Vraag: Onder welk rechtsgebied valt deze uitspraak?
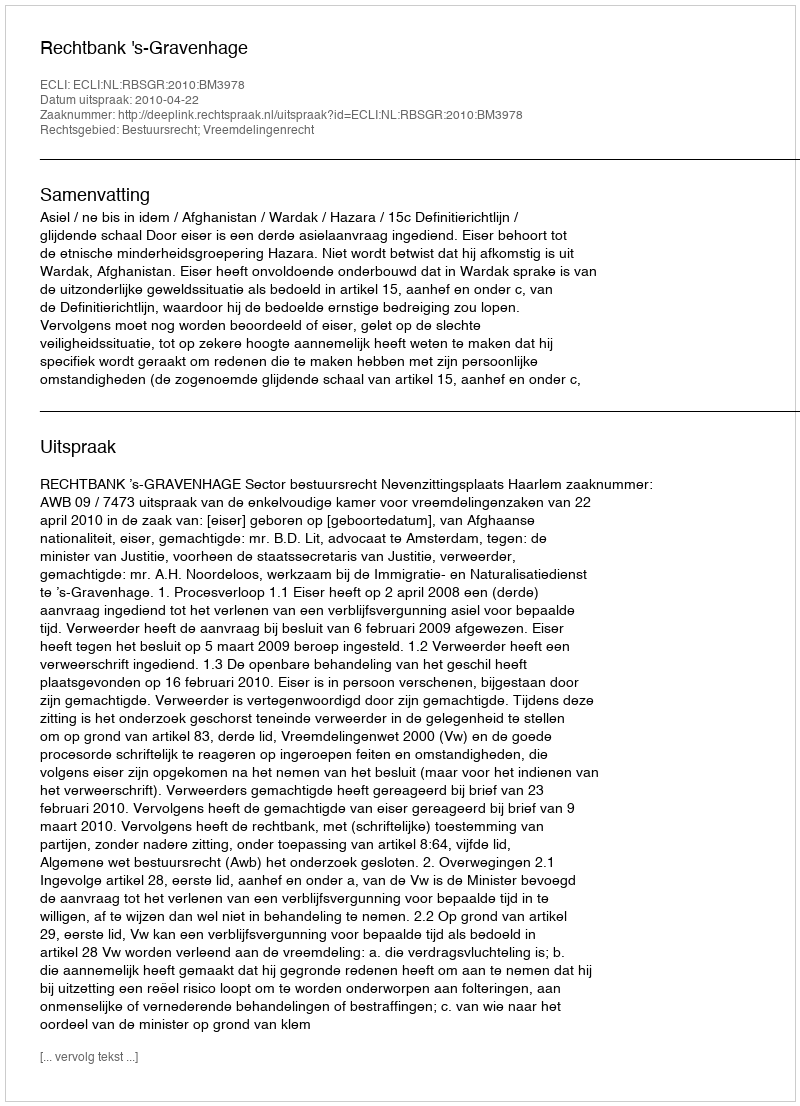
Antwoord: Bestuursrecht; Vreemdelingenrecht